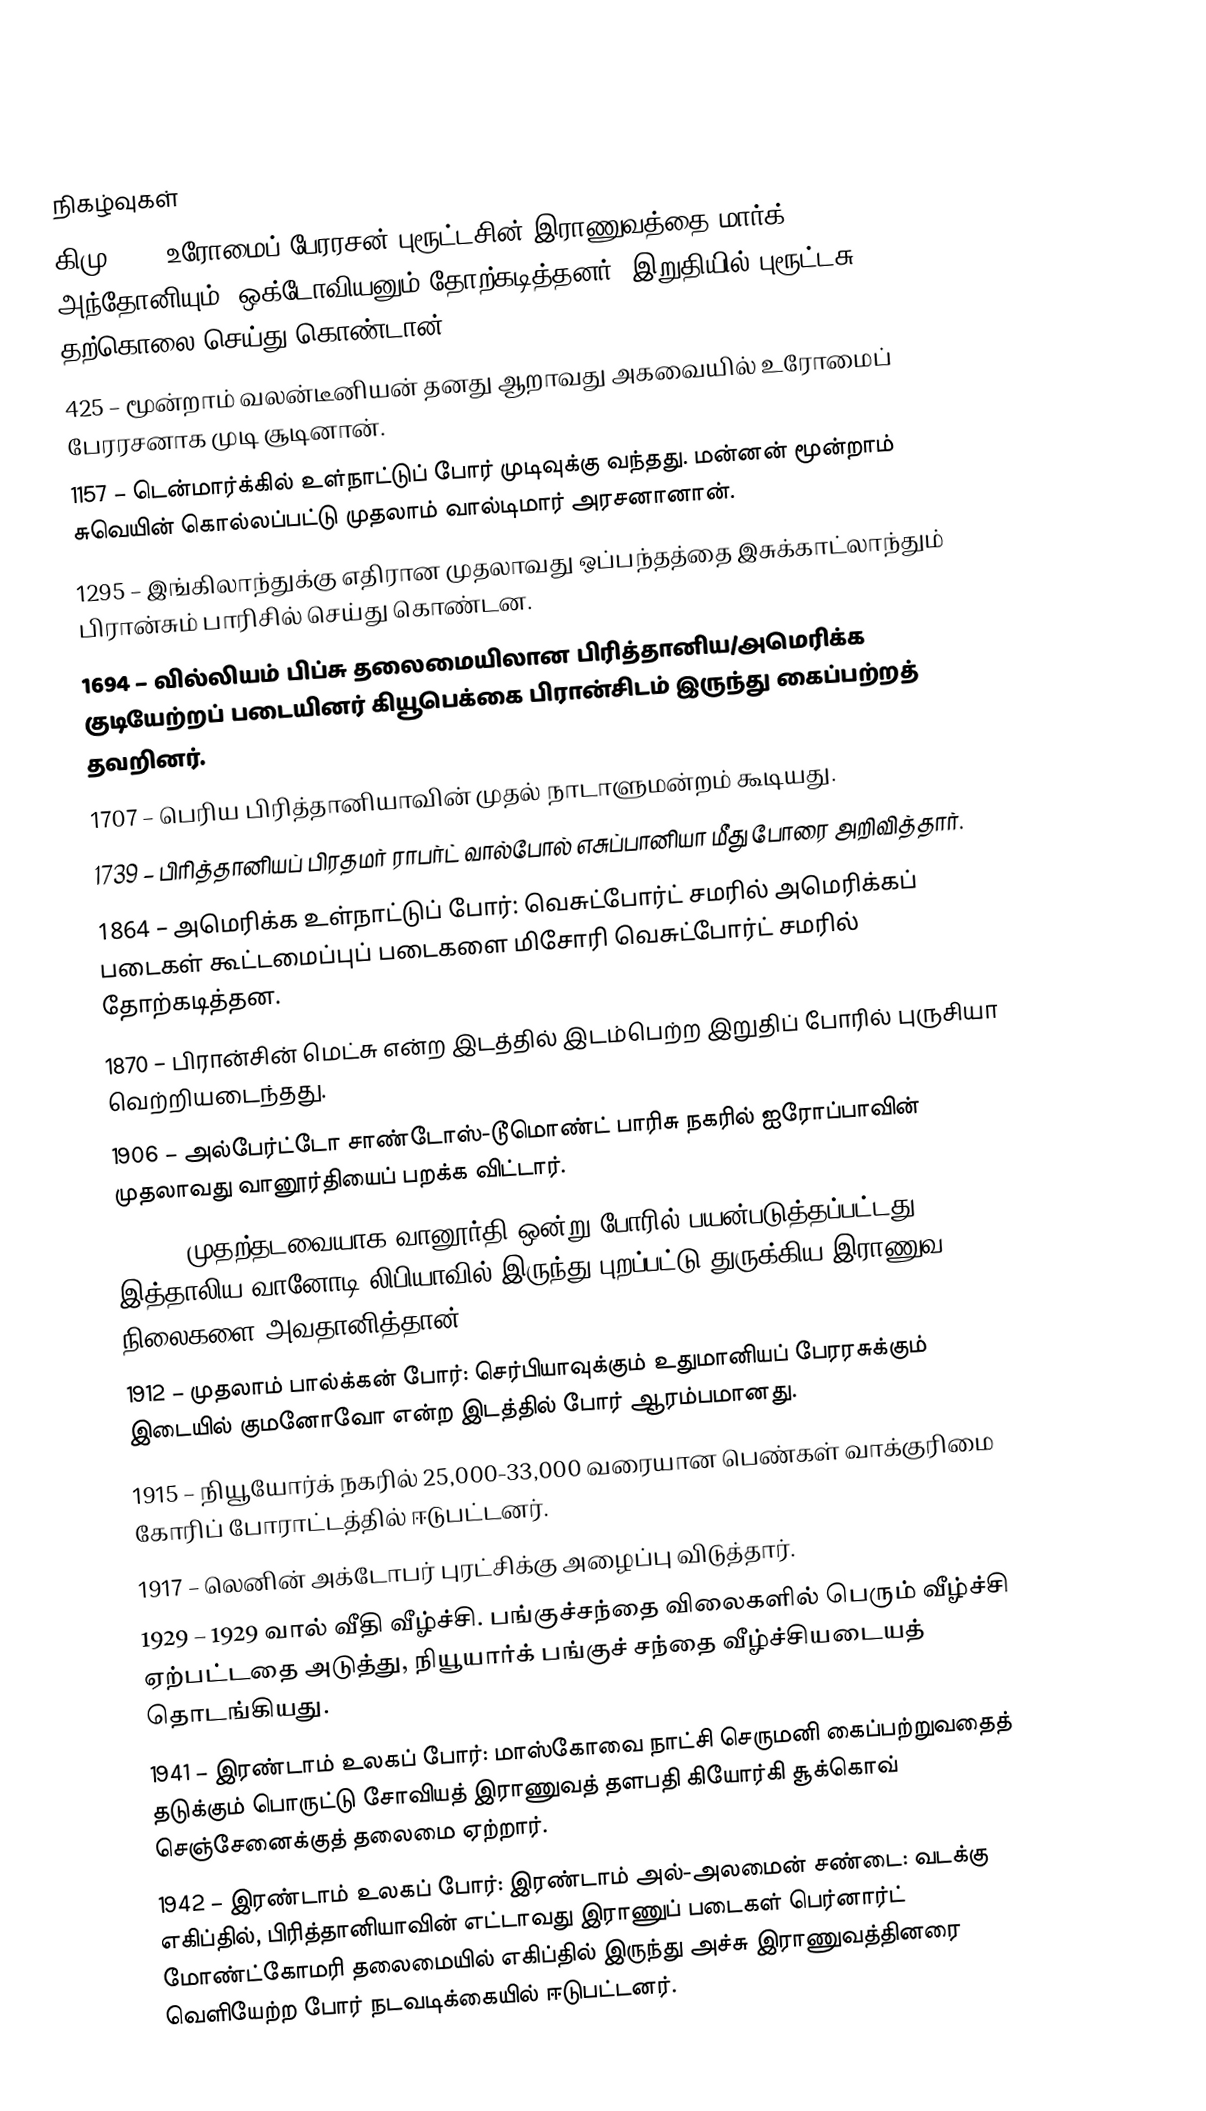

நிகழ்வுகள்
கிமு 42 – உரோமைப் பேரரசன் புரூட்டசின் இராணுவத்தை மார்க் அந்தோனியும், ஒக்டோவியனும் தோற்கடித்தனர். இறுதியில் புரூட்டசு தற்கொலை செய்து கொண்டான்.
 425 – மூன்றாம் வலன்டீனியன் தனது ஆறாவது அகவையில் உரோமைப் பேரரசனாக முடி சூடினான்.
1157 – டென்மார்க்கில் உள்நாட்டுப் போர் முடிவுக்கு வந்தது. மன்னன் மூன்றாம் சுவெயின் கொல்லப்பட்டு முதலாம் வால்டிமார் அரசனானான்.
1295 – இங்கிலாந்துக்கு எதிரான முதலாவது ஒப்பந்தத்தை இசுக்காட்லாந்தும் பிரான்சும் பாரிசில் செய்து கொண்டன.
1694 – வில்லியம் பிப்சு தலைமையிலான பிரித்தானிய/அமெரிக்க குடியேற்றப் படையினர் கியூபெக்கை பிரான்சிடம் இருந்து கைப்பற்றத் தவறினர்.
1707 – பெரிய பிரித்தானியாவின் முதல் நாடாளுமன்றம் கூடியது.
1739 – பிரித்தானியப் பிரதமர் ராபர்ட் வால்போல் எசுப்பானியா மீது போரை அறிவித்தார்.
1864 – அமெரிக்க உள்நாட்டுப் போர்: வெசுட்போர்ட் சமரில் அமெரிக்கப் படைகள் கூட்டமைப்புப் படைகளை மிசோரி வெசுட்போர்ட் சமரில் தோற்கடித்தன.
1870 – பிரான்சின் மெட்சு என்ற இடத்தில் இடம்பெற்ற இறுதிப் போரில் புருசியா வெற்றியடைந்தது.
1906 – அல்பேர்ட்டோ சாண்டோஸ்-டூமொண்ட் பாரிசு நகரில் ஐரோப்பாவின் முதலாவது வானூர்தியைப் பறக்க விட்டார்.
1911 – முதற்தடவையாக வானூர்தி ஒன்று போரில் பயன்படுத்தப்பட்டது. இத்தாலிய வானோடி லிபியாவில் இருந்து புறப்பட்டு துருக்கிய இராணுவ நிலைகளை அவதானித்தான்.
1912 – முதலாம் பால்க்கன் போர்: செர்பியாவுக்கும் உதுமானியப் பேரரசுக்கும் இடையில் குமனோவோ என்ற இடத்தில் போர் ஆரம்பமானது.
1915 – நியூயோர்க் நகரில் 25,000-33,000 வரையான பெண்கள் வாக்குரிமை கோரிப் போராட்டத்தில் ஈடுபட்டனர்.
1917 – லெனின் அக்டோபர் புரட்சிக்கு அழைப்பு விடுத்தார்.
1929 – 1929 வால் வீதி வீழ்ச்சி. பங்குச்சந்தை விலைகளில் பெரும் வீழ்ச்சி ஏற்பட்டதை அடுத்து, நியூயார்க் பங்குச் சந்தை வீழ்ச்சியடையத் தொடங்கியது.
1941 – இரண்டாம் உலகப் போர்: மாஸ்கோவை நாட்சி செருமனி கைப்பற்றுவதைத் தடுக்கும் பொருட்டு சோவியத் இராணுவத் தளபதி கியோர்கி சூக்கொவ் செஞ்சேனைக்குத் தலைமை ஏற்றார்.
1942 – இரண்டாம் உலகப் போர்: இரண்டாம் அல்-அலமைன் சண்டை: வடக்கு எகிப்தில், பிரித்தானியாவின் எட்டாவது இராணுப் படைகள் பெர்னார்ட் மோண்ட்கோமரி தலைமையில் எகிப்தில் இருந்து அச்சு இராணுவத்தினரை வெளியேற்ற போர் நடவடிக்கையில் ஈடுபட்டனர்.